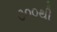
૩૦૦થી